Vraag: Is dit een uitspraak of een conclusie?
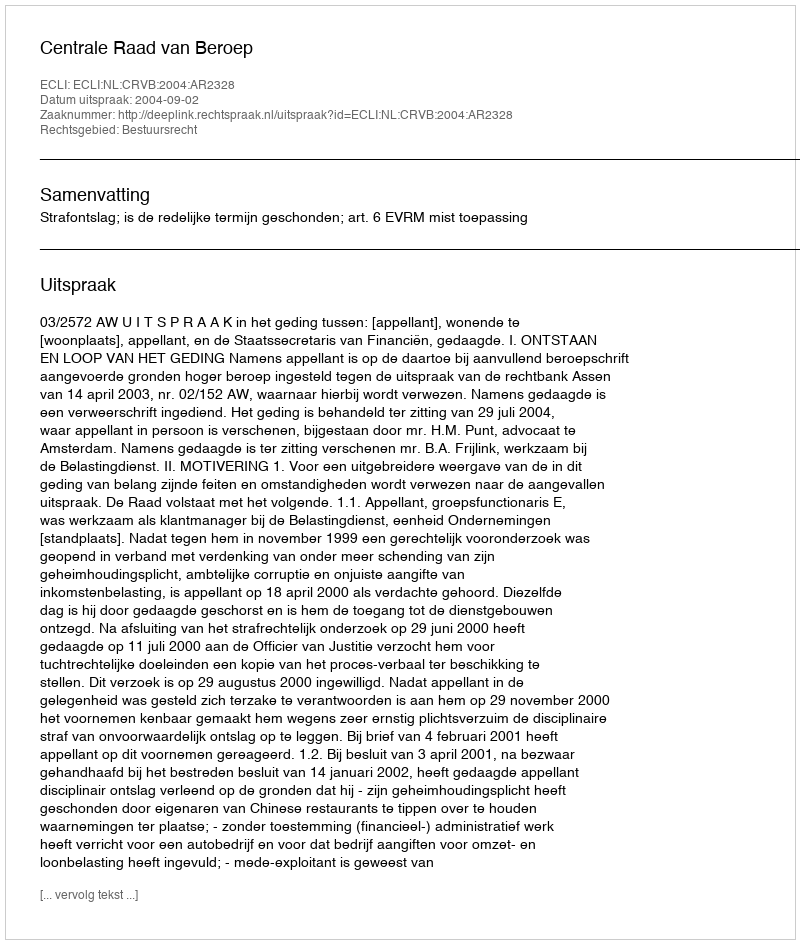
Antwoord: Uitspraak